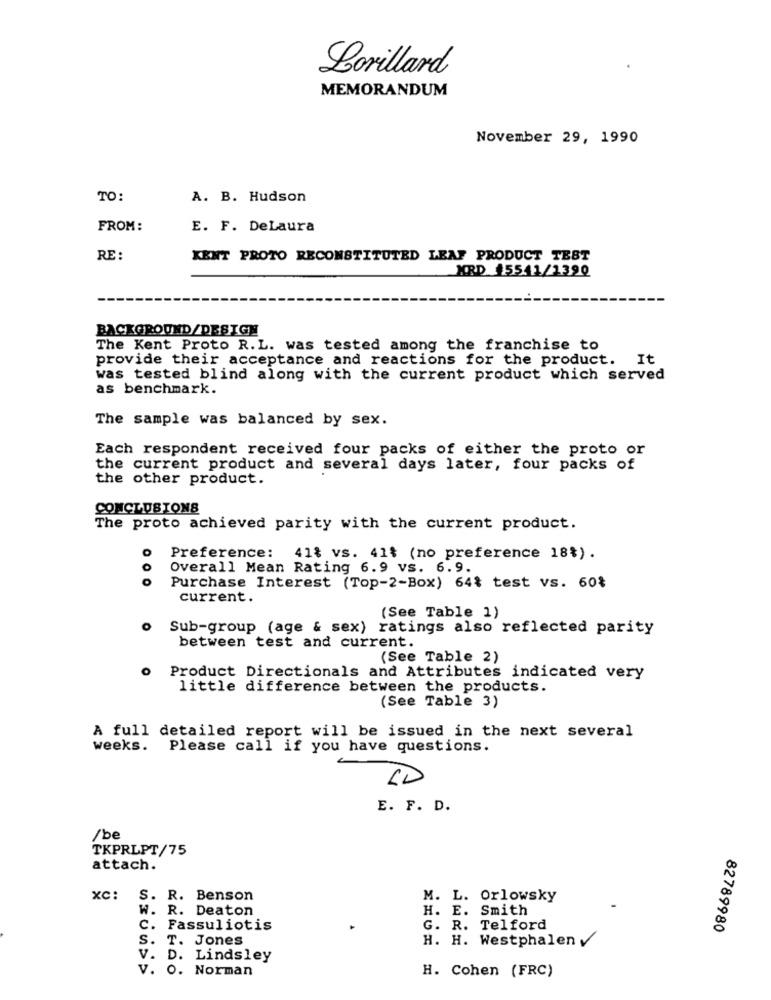
Lorillard
MEMORANDUM
November 29, 1990
TO:
A. B. Hudson
FROM:
E. F. DeLaura
RE :
KENT PROTO RECONSTITUTED LEAF PRODUCT TEST
MRD 45541/1390
BACKGROUND/DESIGN
The Kent Proto R.L. was tested among the franchise to
provide their acceptance and reactions for the product. It
was tested blind along with the current product which served
as benchmark.
The sample was balanced by sex.
Each respondent received four packs of either the proto or
the current product and several days later, four packs of
the other product.
CONCLUSIONS
The proto achieved parity with the current product.
Preference: 41% vs. 41% (no preference 18%).
O
Overall Mean Rating 6.9 vs. 6.9.
o
Purchase Interest (Top-2-Box) 64% test vs. 60%
current.
(See Table 1)
o Sub-group (age & sex) ratings also reflected parity
between test and current.
(See Table 2)
Product Directionals and Attributes indicated very
little difference between the products.
(See Table 3)
A full detailed report will be issued in the next several
weeks. Please call if you have questions.
CD
E. F. D.
/be
TKPRLPT/75
attach.
XC:
S. R. Benson
M. L. Orlowsky
W. R. Deaton
H. E. Smith
C. Fassuliotis
G. R. Telford
82789980
S. T. Jones
H. H. Westphalen v
V. D. Lindsley
.O. Norman
H. Cohen (FRC)